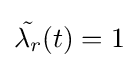
{\tilde {\lambda _{r}}}(t)=1